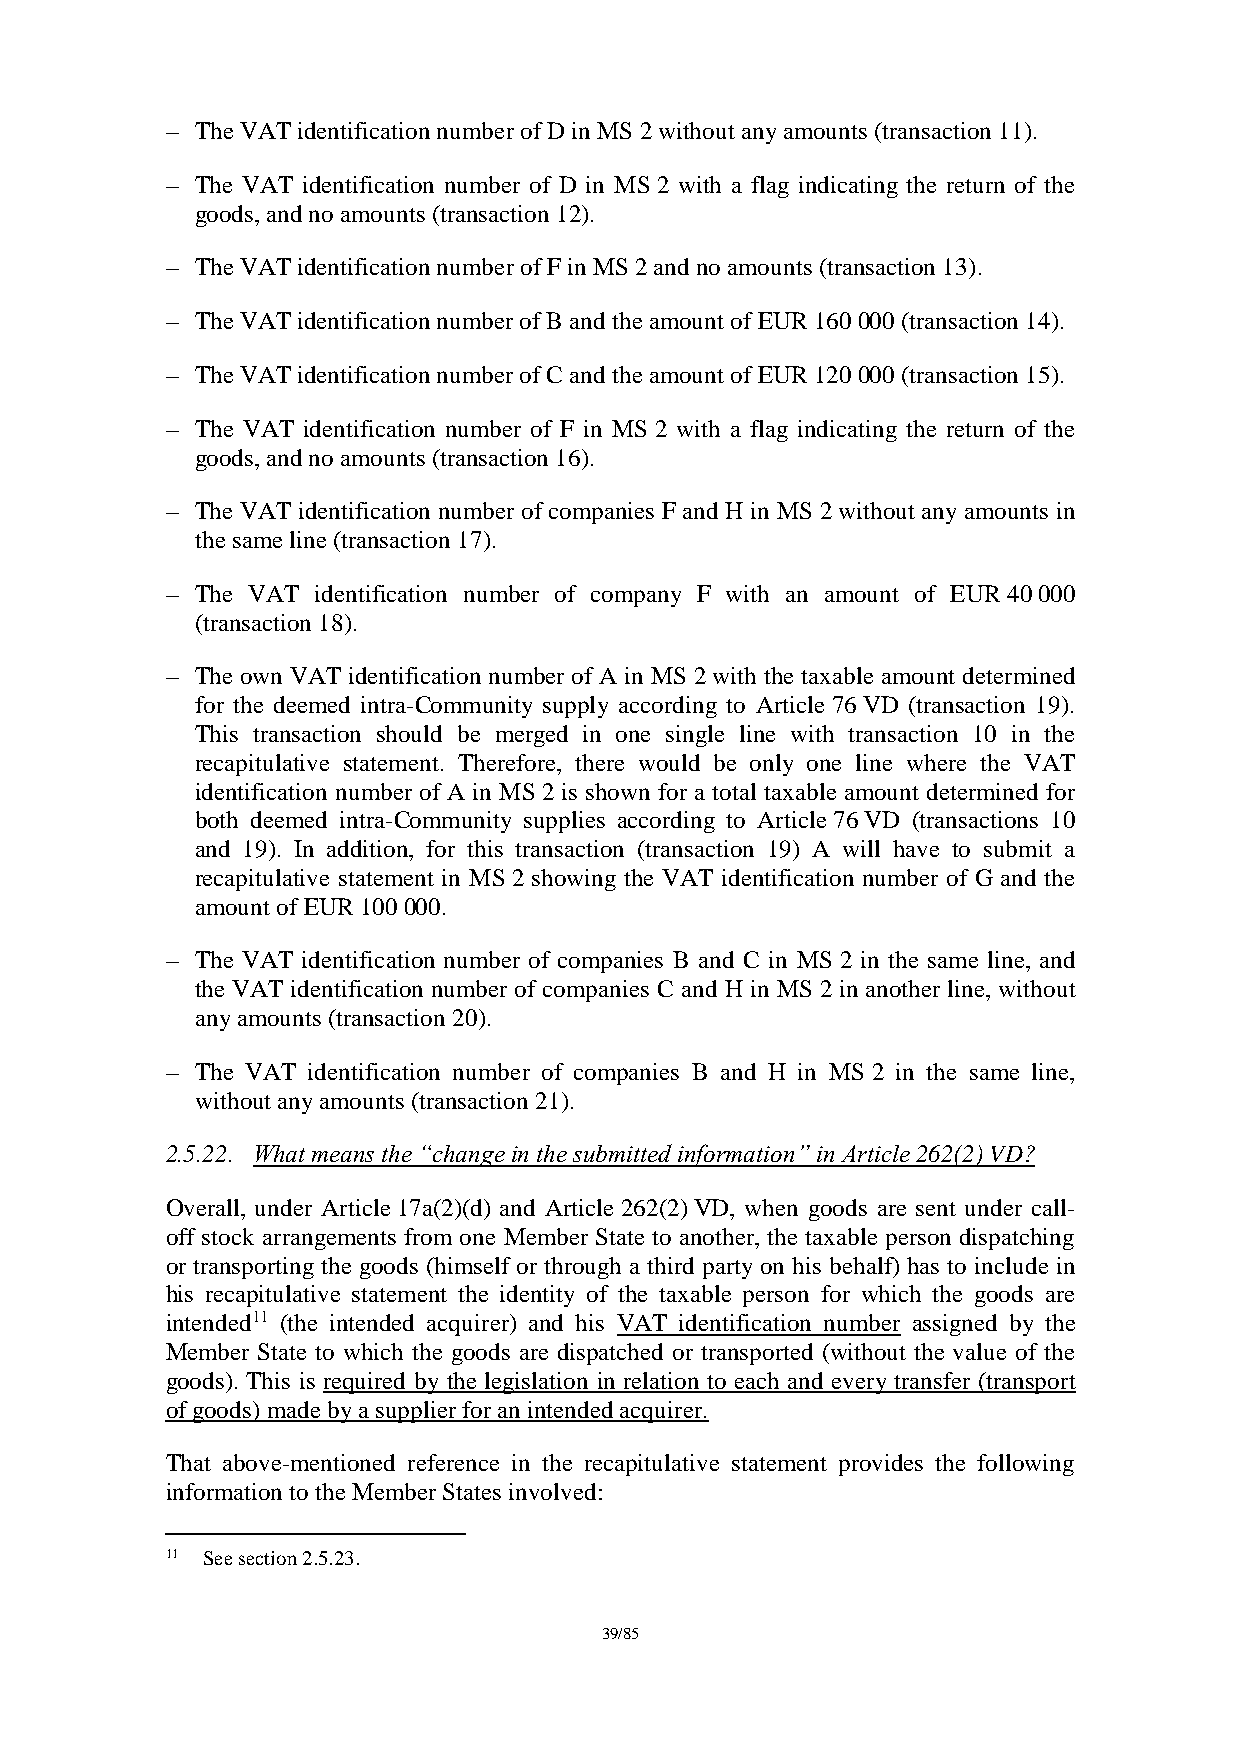
– The VAT identification number of D in MS 2 without any amounts (transaction 11).
 – The VAT identification number of D in MS 2 with a flag indicating the return of the
 goods, and no amounts (transaction 12).
 – The VAT identification number of F in MS 2 and no amounts (transaction 13).
 – The VAT identification number of B and the amount of EUR 160 000 (transaction 14).
 – The VAT identification number of C and the amount of EUR 120 000 (transaction 15).
 – The VAT identification number of F in MS 2 with a flag indicating the return of the
 goods, and no amounts (transaction 16).
 – The VAT identification number of companies F and H in MS 2 without any amounts in
 the same line (transaction 17).
 – The VAT identification number of company F with an amount of EUR 40 000
 (transaction 18).
 – The own VAT identification number of A in MS 2 with the taxable amount determined
 for the deemed intra-Community supply according to Article 76 VD (transaction 19).
 This transaction should be merged in one single line with transaction 10 in the
 recapitulative statement. Therefore, there would be only one line where the VAT
 identification number of A in MS 2 is shown for a total taxable amount determined for
 both deemed intra-Community supplies according to Article 76 VD (transactions 10
 and 19). In addition, for this transaction (transaction 19) A will have to submit a
 recapitulative statement in MS 2 showing the VAT identification number of G and the
 amount of EUR 100 000.
 – The VAT identification number of companies B and C in MS 2 in the same line, and
 the VAT identification number of companies C and H in MS 2 in another line, without
 any amounts (transaction 20).
 – The VAT identification number of companies B and H in MS 2 in the same line,
 without any amounts (transaction 21).
 2.5.22. What means the “change in the submitted information” in Article 262(2) VD?
 Overall, under Article 17a(2)(d) and Article 262(2) VD, when goods are sent under call-
 off stock arrangements from one Member State to another, the taxable person dispatching
 or transporting the goods (himself or through a third party on his behalf) has to include in
 his recapitulative statement the identity of the taxable person for which the goods are
 intended11 (the intended acquirer) and his VAT identification number assigned by the
 Member State to which the goods are dispatched or transported (without the value of the
 goods). This is required by the legislation in relation to each and every transfer (transport
 of goods) made by a supplier for an intended acquirer.
 That above-mentioned reference in the recapitulative statement provides the following
 information to the Member States involved:
 11 See section 2.5.23.
 39/85